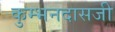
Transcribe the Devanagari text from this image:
कुम्भनदासजी